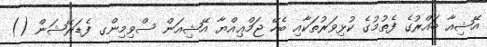
އޭޝިއާ ބައްރުގެ ފެތުމުގެ ކުޅިވަރުތަކާއި ބެހޭ ޖަމްޢިއްޔާ އޭޝިއަން ސްވިމިންގ ފެޑަރޭޝަން ()